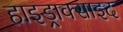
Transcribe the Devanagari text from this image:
हाइड्राक्साइद